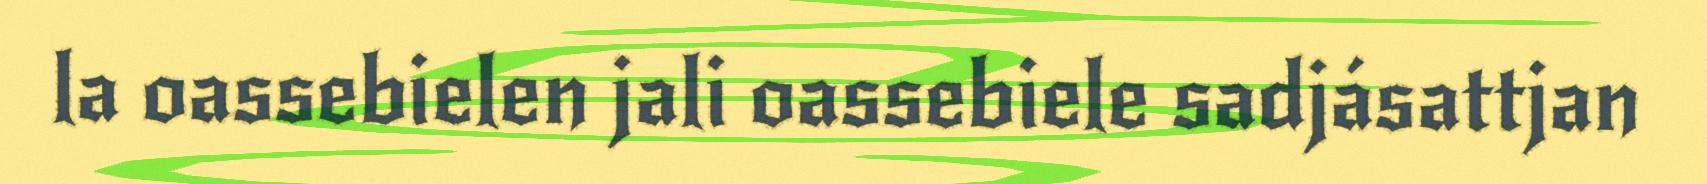
la oassebielen jali oassebiele sadjásattjan